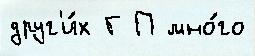
друг'и́х Г П мно́го